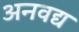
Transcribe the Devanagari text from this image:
अनवद्य